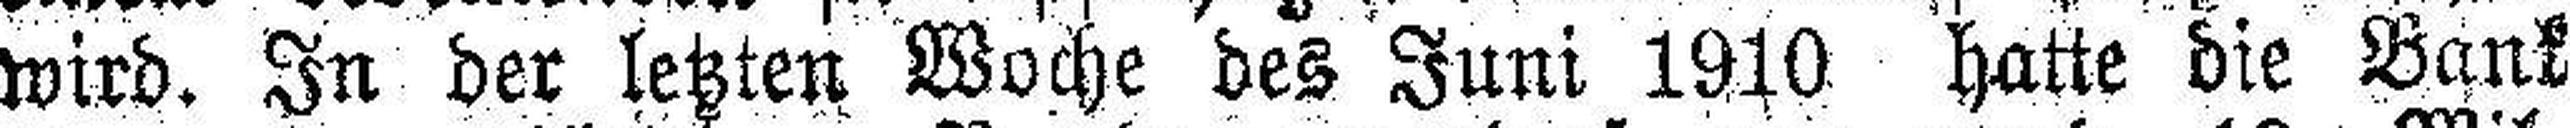
wird. In der letzten Woche des Juni 1910 hatte die Bank